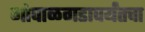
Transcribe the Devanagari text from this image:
गोपाळगडापर्यंतचा